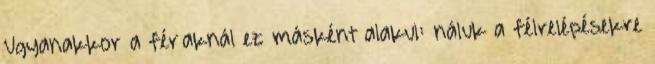
Ugyanakkor a férﬁaknál ez másként alakul: náluk a félrelépésekre